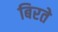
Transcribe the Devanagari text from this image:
बिरते